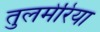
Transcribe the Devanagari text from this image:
तुलमेरिया